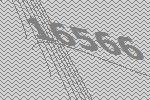
16566